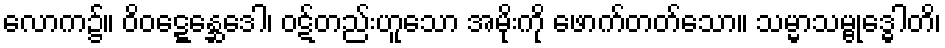
လောက၌။ ဝိဝဋ္ဋေန္ဆေဒေါ၊ ဝဋ်တည်းဟူသော အမိုးကို ဖောက်တတ်သော။ သမ္မာသမ္ဗုဒ္ဓေါတိ၊